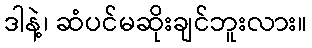
ဒါနဲ့၊ ဆံပင်မဆိုးချင်ဘူးလား။